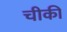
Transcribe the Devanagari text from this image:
चीकी